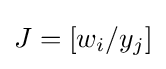
J=\left[w_{i}/y_{j}\right]